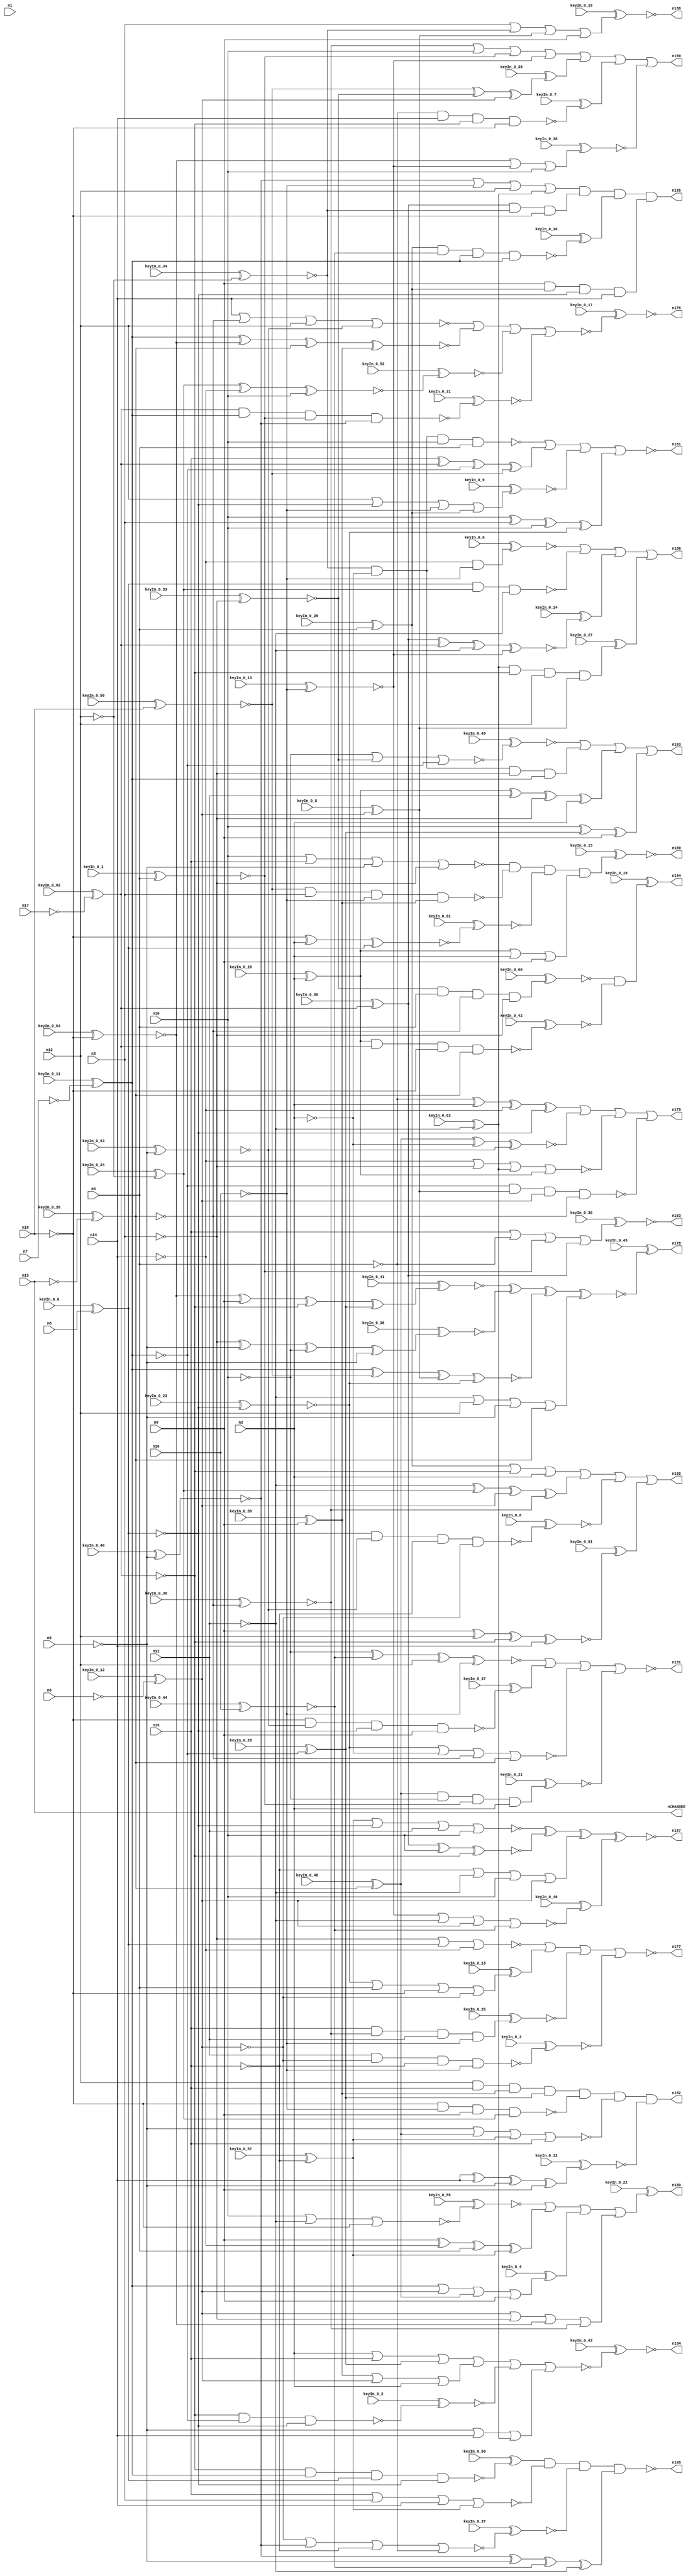


module Stat_177_411
(
  n1,
  n2,
  n3,
  n4,
  n5,
  n6,
  n7,
  n8,
  n9,
  n10,
  n11,
  n12,
  n13,
  n14,
  n15,
  n16,
  n17,
  n18,
  nCHANGED,
  n192,
  n187,
  n186,
  n177,
  n194,
  n189,
  n190,
  n195,
  n180,
  n184,
  n185,
  n179,
  n188,
  n178,
  n176,
  n193,
  n191,
  n181,
  n183,
  n182,
  keyIn_0_0,
  keyIn_0_1,
  keyIn_0_2,
  keyIn_0_3,
  keyIn_0_4,
  keyIn_0_5,
  keyIn_0_6,
  keyIn_0_7,
  keyIn_0_8,
  keyIn_0_9,
  keyIn_0_10,
  keyIn_0_11,
  keyIn_0_12,
  keyIn_0_13,
  keyIn_0_14,
  keyIn_0_15,
  keyIn_0_16,
  keyIn_0_17,
  keyIn_0_18,
  keyIn_0_19,
  keyIn_0_20,
  keyIn_0_21,
  keyIn_0_22,
  keyIn_0_23,
  keyIn_0_24,
  keyIn_0_25,
  keyIn_0_26,
  keyIn_0_27,
  keyIn_0_28,
  keyIn_0_29,
  keyIn_0_30,
  keyIn_0_31,
  keyIn_0_32,
  keyIn_0_33,
  keyIn_0_34,
  keyIn_0_35,
  keyIn_0_36,
  keyIn_0_37,
  keyIn_0_38,
  keyIn_0_39,
  keyIn_0_40,
  keyIn_0_41,
  keyIn_0_42,
  keyIn_0_43,
  keyIn_0_44,
  keyIn_0_45,
  keyIn_0_46,
  keyIn_0_47,
  keyIn_0_48,
  keyIn_0_49,
  keyIn_0_50,
  keyIn_0_51,
  keyIn_0_52,
  keyIn_0_53,
  keyIn_0_54,
  keyIn_0_55,
  keyIn_0_56,
  keyIn_0_57,
  keyIn_0_58,
  keyIn_0_59,
  keyIn_0_60,
  keyIn_0_61,
  keyIn_0_62,
  keyIn_0_63
);

  input n1;
  input n2;
  input n3;
  input n4;
  input n5;
  input n6;
  input n7;
  input n8;
  input n9;
  input n10;
  input n11;
  input n12;
  input n13;
  input n14;
  input n15;
  input n16;
  input n17;
  input n18;
  input keyIn_0_0;
  input keyIn_0_1;
  input keyIn_0_2;
  input keyIn_0_3;
  input keyIn_0_4;
  input keyIn_0_5;
  input keyIn_0_6;
  input keyIn_0_7;
  input keyIn_0_8;
  input keyIn_0_9;
  input keyIn_0_10;
  input keyIn_0_11;
  input keyIn_0_12;
  input keyIn_0_13;
  input keyIn_0_14;
  input keyIn_0_15;
  input keyIn_0_16;
  input keyIn_0_17;
  input keyIn_0_18;
  input keyIn_0_19;
  input keyIn_0_20;
  input keyIn_0_21;
  input keyIn_0_22;
  input keyIn_0_23;
  input keyIn_0_24;
  input keyIn_0_25;
  input keyIn_0_26;
  input keyIn_0_27;
  input keyIn_0_28;
  input keyIn_0_29;
  input keyIn_0_30;
  input keyIn_0_31;
  input keyIn_0_32;
  input keyIn_0_33;
  input keyIn_0_34;
  input keyIn_0_35;
  input keyIn_0_36;
  input keyIn_0_37;
  input keyIn_0_38;
  input keyIn_0_39;
  input keyIn_0_40;
  input keyIn_0_41;
  input keyIn_0_42;
  input keyIn_0_43;
  input keyIn_0_44;
  input keyIn_0_45;
  input keyIn_0_46;
  input keyIn_0_47;
  input keyIn_0_48;
  input keyIn_0_49;
  input keyIn_0_50;
  input keyIn_0_51;
  input keyIn_0_52;
  input keyIn_0_53;
  input keyIn_0_54;
  input keyIn_0_55;
  input keyIn_0_56;
  input keyIn_0_57;
  input keyIn_0_58;
  input keyIn_0_59;
  input keyIn_0_60;
  input keyIn_0_61;
  input keyIn_0_62;
  input keyIn_0_63;
  output nCHANGED;
  output n192;
  output n187;
  output n186;
  output n177;
  output n194;
  output n189;
  output n190;
  output n195;
  output n180;
  output n184;
  output n185;
  output n179;
  output n188;
  output n178;
  output n176;
  output n193;
  output n191;
  output n181;
  output n183;
  output n182;
  wire n19;
  wire n20;
  wire n21;
  wire n22;
  wire n23;
  wire n24;
  wire n25;
  wire n26;
  wire n27;
  wire n28;
  wire n29;
  wire n30;
  wire n31;
  wire n32;
  wire n33;
  wire n34;
  wire n35;
  wire n36;
  wire n37;
  wire n38;
  wire n39;
  wire n40;
  wire n41;
  wire n42;
  wire n43;
  wire n44;
  wire n45;
  wire n46;
  wire n47;
  wire n48;
  wire n49;
  wire n50;
  wire n51;
  wire n52;
  wire n53;
  wire n54;
  wire n55;
  wire n56;
  wire n57;
  wire n58;
  wire n59;
  wire n60;
  wire n61;
  wire n62;
  wire n63;
  wire n64;
  wire n65;
  wire n66;
  wire n67;
  wire n68;
  wire n69;
  wire n70;
  wire n71;
  wire n72;
  wire n73;
  wire n74;
  wire n75;
  wire n76;
  wire n77;
  wire n78;
  wire n79;
  wire n80;
  wire n81;
  wire n82;
  wire n83;
  wire n84;
  wire n85;
  wire n86;
  wire n87;
  wire n88;
  wire n89;
  wire n90;
  wire n91;
  wire n92;
  wire n93;
  wire n94;
  wire n95;
  wire n96;
  wire n97;
  wire n98;
  wire n99;
  wire n100;
  wire n101;
  wire n102;
  wire n103;
  wire n104;
  wire n105;
  wire n106;
  wire n107;
  wire n108;
  wire n109;
  wire n110;
  wire n111;
  wire n112;
  wire n113;
  wire n114;
  wire n115;
  wire n116;
  wire n117;
  wire n118;
  wire n119;
  wire n120;
  wire n121;
  wire n122;
  wire n123;
  wire n124;
  wire n125;
  wire n126;
  wire n127;
  wire n128;
  wire n129;
  wire n130;
  wire n131;
  wire n132;
  wire n133;
  wire n134;
  wire n135;
  wire n136;
  wire n137;
  wire n138;
  wire n139;
  wire n140;
  wire n141;
  wire n142;
  wire n143;
  wire n144;
  wire n145;
  wire n146;
  wire n147;
  wire n148;
  wire n149;
  wire n150;
  wire n151;
  wire n152;
  wire n153;
  wire n154;
  wire n155;
  wire n156;
  wire n157;
  wire n158;
  wire n159;
  wire n160;
  wire n161;
  wire n162;
  wire n163;
  wire n164;
  wire n165;
  wire n166;
  wire n167;
  wire n168;
  wire n169;
  wire n170;
  wire n171;
  wire n172;
  wire n173;
  wire n174;
  wire n175;
  wire KeyWire_0_0;
  wire KeyWire_0_1;
  wire KeyNOTWire_0_1;
  wire KeyWire_0_2;
  wire KeyWire_0_3;
  wire KeyWire_0_4;
  wire KeyWire_0_5;
  wire KeyWire_0_6;
  wire KeyWire_0_7;
  wire KeyWire_0_8;
  wire KeyWire_0_9;
  wire KeyNOTWire_0_9;
  wire KeyWire_0_10;
  wire KeyNOTWire_0_10;
  wire KeyWire_0_11;
  wire KeyNOTWire_0_11;
  wire KeyWire_0_12;
  wire KeyWire_0_13;
  wire KeyNOTWire_0_13;
  wire KeyWire_0_14;
  wire KeyNOTWire_0_14;
  wire KeyWire_0_15;
  wire KeyWire_0_16;
  wire KeyNOTWire_0_16;
  wire KeyWire_0_17;
  wire KeyNOTWire_0_17;
  wire KeyWire_0_18;
  wire KeyNOTWire_0_18;
  wire KeyWire_0_19;
  wire KeyWire_0_20;
  wire KeyWire_0_21;
  wire KeyNOTWire_0_21;
  wire KeyWire_0_22;
  wire KeyWire_0_23;
  wire KeyNOTWire_0_23;
  wire KeyWire_0_24;
  wire KeyNOTWire_0_24;
  wire KeyWire_0_25;
  wire KeyNOTWire_0_25;
  wire KeyWire_0_26;
  wire KeyWire_0_27;
  wire KeyNOTWire_0_27;
  wire KeyWire_0_28;
  wire KeyWire_0_29;
  wire KeyWire_0_30;
  wire KeyNOTWire_0_30;
  wire KeyWire_0_31;
  wire KeyNOTWire_0_31;
  wire KeyWire_0_32;
  wire KeyWire_0_33;
  wire KeyNOTWire_0_33;
  wire KeyWire_0_34;
  wire KeyWire_0_35;
  wire KeyNOTWire_0_35;
  wire KeyWire_0_36;
  wire KeyNOTWire_0_36;
  wire KeyWire_0_37;
  wire KeyWire_0_38;
  wire KeyNOTWire_0_38;
  wire KeyWire_0_39;
  wire KeyNOTWire_0_39;
  wire KeyWire_0_40;
  wire KeyWire_0_41;
  wire KeyNOTWire_0_41;
  wire KeyWire_0_42;
  wire KeyWire_0_43;
  wire KeyNOTWire_0_43;
  wire KeyWire_0_44;
  wire KeyWire_0_45;
  wire KeyWire_0_46;
  wire KeyNOTWire_0_46;
  wire KeyWire_0_47;
  wire KeyNOTWire_0_47;
  wire KeyWire_0_48;
  wire KeyNOTWire_0_48;
  wire KeyWire_0_49;
  wire KeyWire_0_50;
  wire KeyNOTWire_0_50;
  wire KeyWire_0_51;
  wire KeyNOTWire_0_51;
  wire KeyWire_0_52;
  wire KeyNOTWire_0_52;
  wire KeyWire_0_53;
  wire KeyNOTWire_0_53;
  wire KeyWire_0_54;
  wire KeyWire_0_55;
  wire KeyNOTWire_0_55;
  wire KeyWire_0_56;
  wire KeyWire_0_57;
  wire KeyWire_0_58;
  wire KeyNOTWire_0_58;
  wire KeyWire_0_59;
  wire KeyNOTWire_0_59;
  wire KeyWire_0_60;
  wire KeyNOTWire_0_60;
  wire KeyWire_0_61;
  wire KeyWire_0_62;
  wire KeyNOTWire_0_62;
  wire KeyWire_0_63;
  wire KeyNOTWire_0_63;

  not
  g0
  (
    n35,
    n12
  );


  buf
  g1
  (
    n29,
    n9
  );


  not
  g2
  (
    KeyWire_0_11,
    n7
  );


  not
  g3
  (
    KeyWire_0_12,
    n6
  );


  not
  g4
  (
    n33,
    n5
  );


  not
  g5
  (
    KeyWire_0_62,
    n17
  );


  not
  g6
  (
    n26,
    n16
  );


  buf
  g7
  (
    n28,
    n2
  );


  buf
  g8
  (
    KeyWire_0_6,
    n8
  );


  not
  g9
  (
    n22,
    n3
  );


  buf
  g10
  (
    n23,
    n18
  );


  buf
  g11
  (
    n19,
    n14
  );


  not
  g12
  (
    KeyWire_0_26,
    n13
  );


  buf
  g13
  (
    n21,
    n15
  );


  buf
  g14
  (
    n31,
    n4
  );


  buf
  g15
  (
    n24,
    n10
  );


  buf
  g16
  (
    n20,
    n11
  );


  buf
  g17
  (
    n90,
    n20
  );


  buf
  g18
  (
    KeyWire_0_28,
    n34
  );


  buf
  g19
  (
    n46,
    n25
  );


  buf
  g20
  (
    n99,
    n19
  );


  not
  g21
  (
    n77,
    n35
  );


  buf
  g22
  (
    n68,
    n27
  );


  not
  g23
  (
    n64,
    n23
  );


  not
  g24
  (
    n40,
    n31
  );


  not
  g25
  (
    n66,
    n34
  );


  buf
  g26
  (
    n70,
    n28
  );


  buf
  g27
  (
    n63,
    n26
  );


  buf
  g28
  (
    n50,
    n24
  );


  not
  g29
  (
    KeyWire_0_5,
    n25
  );


  not
  g30
  (
    n86,
    n25
  );


  buf
  g31
  (
    n41,
    n24
  );


  not
  g32
  (
    n53,
    n32
  );


  not
  g33
  (
    n73,
    n35
  );


  not
  g34
  (
    n55,
    n19
  );


  buf
  g35
  (
    n57,
    n21
  );


  buf
  g36
  (
    KeyWire_0_59,
    n29
  );


  buf
  g37
  (
    n79,
    n30
  );


  buf
  g38
  (
    n44,
    n33
  );


  not
  g39
  (
    KeyWire_0_63,
    n20
  );


  buf
  g40
  (
    KeyWire_0_53,
    n33
  );


  not
  g41
  (
    n65,
    n21
  );


  buf
  g42
  (
    KeyWire_0_33,
    n22
  );


  not
  g43
  (
    KeyWire_0_44,
    n26
  );


  buf
  g44
  (
    n47,
    n26
  );


  buf
  g45
  (
    KeyWire_0_40,
    n33
  );


  not
  g46
  (
    n89,
    n25
  );


  buf
  g47
  (
    n56,
    n34
  );


  not
  g48
  (
    n51,
    n19
  );


  not
  g49
  (
    n93,
    n30
  );


  buf
  g50
  (
    KeyWire_0_50,
    n27
  );


  not
  g51
  (
    n95,
    n24
  );


  buf
  g52
  (
    KeyWire_0_48,
    n32
  );


  buf
  g53
  (
    KeyWire_0_23,
    n30
  );


  buf
  g54
  (
    n58,
    n22
  );


  not
  g55
  (
    KeyWire_0_54,
    n23
  );


  buf
  g56
  (
    n74,
    n32
  );


  buf
  g57
  (
    KeyWire_0_24,
    n35
  );


  not
  g58
  (
    n76,
    n27
  );


  not
  g59
  (
    n83,
    n20
  );


  not
  g60
  (
    n67,
    n23
  );


  buf
  g61
  (
    KeyWire_0_56,
    n23
  );


  buf
  g62
  (
    n36,
    n22
  );


  buf
  g63
  (
    n75,
    n29
  );


  buf
  g64
  (
    KeyWire_0_20,
    n28
  );


  not
  g65
  (
    n54,
    n34
  );


  not
  g66
  (
    KeyWire_0_57,
    n21
  );


  buf
  g67
  (
    n85,
    n30
  );


  buf
  g68
  (
    n84,
    n31
  );


  buf
  g69
  (
    KeyWire_0_29,
    n31
  );


  not
  g70
  (
    n102,
    n20
  );


  buf
  g71
  (
    n43,
    n29
  );


  buf
  g72
  (
    KeyWire_0_34,
    n35
  );


  buf
  g73
  (
    n52,
    n24
  );


  buf
  g74
  (
    n39,
    n29
  );


  not
  g75
  (
    n45,
    n28
  );


  not
  g76
  (
    n94,
    n27
  );


  buf
  g77
  (
    KeyWire_0_1,
    n31
  );


  buf
  g78
  (
    n82,
    n28
  );


  buf
  g79
  (
    n71,
    n33
  );


  buf
  g80
  (
    n38,
    n19
  );


  buf
  g81
  (
    n48,
    n21
  );


  buf
  g82
  (
    KeyWire_0_13,
    n26
  );


  not
  g83
  (
    KeyWire_0_30,
    n32
  );


  not
  g84
  (
    n72,
    n22
  );


  nor
  g85
  (
    KeyWire_0_55,
    n52,
    n102,
    n64
  );


  nand
  g86
  (
    KeyWire_0_2,
    n94,
    n56,
    n79
  );


  xor
  g87
  (
    n116,
    n41,
    n96,
    n43
  );


  or
  g88
  (
    n112,
    n82,
    n57,
    n96
  );


  xnor
  g89
  (
    KeyWire_0_61,
    n64,
    n82,
    n93
  );


  or
  g90
  (
    n120,
    n62,
    n94,
    n70
  );


  or
  g91
  (
    n149,
    n44,
    n38,
    n60
  );


  nor
  g92
  (
    n171,
    n58,
    n93,
    n51
  );


  nor
  g93
  (
    KeyWire_0_49,
    n95,
    n103,
    n56
  );


  or
  g94
  (
    n165,
    n78,
    n86,
    n70
  );


  or
  g95
  (
    KeyWire_0_38,
    n101,
    n37,
    n52
  );


  and
  g96
  (
    n172,
    n91,
    n92,
    n67
  );


  xnor
  g97
  (
    n169,
    n100,
    n45,
    n59
  );


  nand
  g98
  (
    n131,
    n93,
    n80,
    n102
  );


  xnor
  g99
  (
    n134,
    n91,
    n50,
    n76
  );


  xnor
  g100
  (
    KeyWire_0_52,
    n80,
    n55,
    n52
  );


  nand
  g101
  (
    KeyWire_0_10,
    n62,
    n97,
    n54,
    n66
  );


  xor
  g102
  (
    n156,
    n61,
    n90,
    n36,
    n82
  );


  and
  g103
  (
    n152,
    n92,
    n45,
    n36,
    n54
  );


  or
  g104
  (
    n163,
    n102,
    n73,
    n44,
    n74
  );


  xnor
  g105
  (
    KeyWire_0_51,
    n43,
    n77,
    n76,
    n99
  );


  and
  g106
  (
    KeyWire_0_21,
    n100,
    n95,
    n69,
    n70
  );


  xnor
  g107
  (
    n144,
    n54,
    n42,
    n81,
    n98
  );


  xor
  g108
  (
    n130,
    n40,
    n82,
    n51,
    n85
  );


  and
  g109
  (
    n140,
    n77,
    n48,
    n78,
    n96
  );


  nand
  g110
  (
    n141,
    n42,
    n72,
    n47,
    n78
  );


  or
  g111
  (
    KeyWire_0_4,
    n66,
    n89,
    n100,
    n39
  );


  nor
  g112
  (
    n164,
    n48,
    n72,
    n38,
    n49
  );


  and
  g113
  (
    KeyWire_0_60,
    n103,
    n84,
    n53,
    n58
  );


  or
  g114
  (
    KeyWire_0_16,
    n72,
    n92,
    n81,
    n43
  );


  xor
  g115
  (
    n142,
    n48,
    n68,
    n56,
    n42
  );


  xor
  g116
  (
    n132,
    n50,
    n72,
    n41,
    n98
  );


  nand
  g117
  (
    KeyWire_0_31,
    n68,
    n54,
    n69,
    n88
  );


  and
  g118
  (
    KeyWire_0_0,
    n51,
    n55,
    n63
  );


  nand
  g119
  (
    KeyWire_0_42,
    n61,
    n68,
    n64,
    n74
  );


  nor
  g120
  (
    KeyWire_0_46,
    n37,
    n83,
    n89,
    n97
  );


  xor
  g121
  (
    KeyWire_0_36,
    n36,
    n71,
    n95,
    n44
  );


  xor
  g122
  (
    KeyWire_0_41,
    n101,
    n39,
    n94,
    n96
  );


  or
  g123
  (
    n109,
    n87,
    n50,
    n69,
    n37
  );


  nand
  g124
  (
    KeyWire_0_58,
    n76,
    n66,
    n93,
    n85
  );


  nand
  g125
  (
    KeyWire_0_7,
    n40,
    n99,
    n76,
    n67
  );


  nand
  g126
  (
    KeyWire_0_3,
    n90,
    n46,
    n65,
    n47
  );


  or
  g127
  (
    n117,
    n65,
    n83,
    n50,
    n89
  );


  xor
  g128
  (
    n123,
    n88,
    n71,
    n97,
    n83
  );


  and
  g129
  (
    n143,
    n75,
    n62,
    n85,
    n38
  );


  nand
  g130
  (
    KeyWire_0_8,
    n85,
    n59,
    n65,
    n46
  );


  or
  g131
  (
    KeyWire_0_35,
    n57,
    n40,
    n69,
    n91
  );


  nor
  g132
  (
    n154,
    n99,
    n53,
    n73,
    n59
  );


  xnor
  g133
  (
    n125,
    n95,
    n97,
    n77,
    n63
  );


  xor
  g134
  (
    n167,
    n83,
    n80,
    n86,
    n87
  );


  nor
  g135
  (
    n127,
    n55,
    n58,
    n60,
    n61
  );


  nor
  g136
  (
    n173,
    n41,
    n57,
    n71,
    n36
  );


  xnor
  g137
  (
    n146,
    n66,
    n101,
    n74,
    n78
  );


  xor
  g138
  (
    n157,
    n39,
    n51,
    n84,
    n49
  );


  nor
  g139
  (
    KeyWire_0_37,
    n46,
    n88,
    n65,
    n40
  );


  or
  g140
  (
    n124,
    n86,
    n58,
    n101,
    n87
  );


  and
  g141
  (
    KeyWire_0_27,
    n60,
    n94,
    n73,
    n81
  );


  and
  g142
  (
    KeyWire_0_25,
    n48,
    n87,
    n90,
    n47
  );


  xnor
  g143
  (
    KeyWire_0_14,
    n91,
    n68,
    n102,
    n37
  );


  nor
  g144
  (
    n155,
    n49,
    n79,
    n90,
    n52
  );


  or
  g145
  (
    n106,
    n88,
    n63,
    n73,
    n60
  );


  nor
  g146
  (
    n175,
    n98,
    n45,
    n53,
    n74
  );


  or
  g147
  (
    n145,
    n61,
    n70,
    n75
  );


  nand
  g148
  (
    KeyWire_0_47,
    n64,
    n59,
    n79,
    n43
  );


  nand
  g149
  (
    n105,
    n45,
    n92,
    n41,
    n84
  );


  nor
  g150
  (
    n150,
    n71,
    n100,
    n49,
    n57
  );


  or
  g151
  (
    KeyWire_0_18,
    n98,
    n84,
    n67,
    n46
  );


  nand
  g152
  (
    n114,
    n56,
    n81,
    n89,
    n53
  );


  xor
  g153
  (
    KeyWire_0_39,
    n42,
    n103,
    n86
  );


  xor
  g154
  (
    KeyWire_0_32,
    n38,
    n99,
    n44,
    n75
  );


  or
  g155
  (
    KeyWire_0_9,
    n77,
    n79,
    n63,
    n62
  );


  nand
  g156
  (
    n121,
    n67,
    n47,
    n39,
    n80
  );


  not
  g157
  (
    n183,
    n119
  );


  not
  g158
  (
    n188,
    n122
  );


  and
  g159
  (
    KeyWire_0_19,
    n162,
    n126
  );


  nand
  g160
  (
    n195,
    n104,
    n164,
    n151,
    n123
  );


  and
  g161
  (
    KeyWire_0_15,
    n173,
    n141,
    n161,
    n145
  );


  or
  g162
  (
    n186,
    n148,
    n131,
    n128,
    n139
  );


  nor
  g163
  (
    KeyWire_0_43,
    n112,
    n165,
    n153,
    n149
  );


  nor
  g164
  (
    n177,
    n171,
    n174,
    n113,
    n160
  );


  xnor
  g165
  (
    n187,
    n155,
    n134,
    n117,
    n137
  );


  nor
  g166
  (
    n181,
    n105,
    n142,
    n138,
    n132
  );


  nor
  g167
  (
    KeyWire_0_17,
    n154,
    n146,
    n166,
    n135
  );


  or
  g168
  (
    n193,
    n129,
    n152,
    n156,
    n116
  );


  or
  g169
  (
    n179,
    n130,
    n169,
    n127,
    n114
  );


  xnor
  g170
  (
    KeyWire_0_45,
    n168,
    n118,
    n144,
    n163
  );


  or
  g171
  (
    n190,
    n109,
    n111,
    n110,
    n108
  );


  or
  g172
  (
    KeyWire_0_22,
    n115,
    n157,
    n133,
    n124
  );


  and
  g173
  (
    n182,
    n140,
    n121,
    n150,
    n159
  );


  or
  g174
  (
    n192,
    n120,
    n167,
    n147,
    n136
  );


  nor
  g175
  (
    n191,
    n125,
    n107,
    n175,
    n170
  );


  and
  g176
  (
    n185,
    n106,
    n172,
    n158,
    n143
  );


  buf
  g177
  (
    nCHANGED,
    n13
  );


  xnor
  KeyGate_0_0
  (
    n148,
    keyIn_0_0,
    KeyWire_0_0
  );


  xor
  KeyGate_0_1
  (
    KeyNOTWire_0_1,
    keyIn_0_1,
    KeyWire_0_1
  );


  not
  KeyNOTGate_0_1
  (
    n69,
    KeyNOTWire_0_1
  );


  xnor
  KeyGate_0_2
  (
    n153,
    keyIn_0_2,
    KeyWire_0_2
  );


  xnor
  KeyGate_0_3
  (
    n160,
    keyIn_0_3,
    KeyWire_0_3
  );


  xor
  KeyGate_0_4
  (
    n133,
    keyIn_0_4,
    KeyWire_0_4
  );


  xor
  KeyGate_0_5
  (
    n81,
    keyIn_0_5,
    KeyWire_0_5
  );


  xnor
  KeyGate_0_6
  (
    n30,
    keyIn_0_6,
    KeyWire_0_6
  );


  xor
  KeyGate_0_7
  (
    n110,
    keyIn_0_7,
    KeyWire_0_7
  );


  xnor
  KeyGate_0_8
  (
    n147,
    keyIn_0_8,
    KeyWire_0_8
  );


  xor
  KeyGate_0_9
  (
    KeyNOTWire_0_9,
    keyIn_0_9,
    KeyWire_0_9
  );


  not
  KeyNOTGate_0_9
  (
    n138,
    KeyNOTWire_0_9
  );


  xnor
  KeyGate_0_10
  (
    KeyNOTWire_0_10,
    keyIn_0_10,
    KeyWire_0_10
  );


  not
  KeyNOTGate_0_10
  (
    n158,
    KeyNOTWire_0_10
  );


  xor
  KeyGate_0_11
  (
    KeyNOTWire_0_11,
    keyIn_0_11,
    KeyWire_0_11
  );


  not
  KeyNOTGate_0_11
  (
    n34,
    KeyNOTWire_0_11
  );


  xnor
  KeyGate_0_12
  (
    n25,
    keyIn_0_12,
    KeyWire_0_12
  );


  xor
  KeyGate_0_13
  (
    KeyNOTWire_0_13,
    keyIn_0_13,
    KeyWire_0_13
  );


  not
  KeyNOTGate_0_13
  (
    n37,
    KeyNOTWire_0_13
  );


  xnor
  KeyGate_0_14
  (
    KeyNOTWire_0_14,
    keyIn_0_14,
    KeyWire_0_14
  );


  not
  KeyNOTGate_0_14
  (
    n128,
    KeyNOTWire_0_14
  );


  xnor
  KeyGate_0_15
  (
    n189,
    keyIn_0_15,
    KeyWire_0_15
  );


  xnor
  KeyGate_0_16
  (
    KeyNOTWire_0_16,
    keyIn_0_16,
    KeyWire_0_16
  );


  not
  KeyNOTGate_0_16
  (
    n122,
    KeyNOTWire_0_16
  );


  xor
  KeyGate_0_17
  (
    KeyNOTWire_0_17,
    keyIn_0_17,
    KeyWire_0_17
  );


  not
  KeyNOTGate_0_17
  (
    n176,
    KeyNOTWire_0_17
  );


  xnor
  KeyGate_0_18
  (
    KeyNOTWire_0_18,
    keyIn_0_18,
    KeyWire_0_18
  );


  not
  KeyNOTGate_0_18
  (
    n174,
    KeyNOTWire_0_18
  );


  xor
  KeyGate_0_19
  (
    n194,
    keyIn_0_19,
    KeyWire_0_19
  );


  xor
  KeyGate_0_20
  (
    n61,
    keyIn_0_20,
    KeyWire_0_20
  );


  xor
  KeyGate_0_21
  (
    KeyNOTWire_0_21,
    keyIn_0_21,
    KeyWire_0_21
  );


  not
  KeyNOTGate_0_21
  (
    n170,
    KeyNOTWire_0_21
  );


  xor
  KeyGate_0_22
  (
    n180,
    keyIn_0_22,
    KeyWire_0_22
  );


  xor
  KeyGate_0_23
  (
    KeyNOTWire_0_23,
    keyIn_0_23,
    KeyWire_0_23
  );


  not
  KeyNOTGate_0_23
  (
    n98,
    KeyNOTWire_0_23
  );


  xnor
  KeyGate_0_24
  (
    KeyNOTWire_0_24,
    keyIn_0_24,
    KeyWire_0_24
  );


  not
  KeyNOTGate_0_24
  (
    n80,
    KeyNOTWire_0_24
  );


  xor
  KeyGate_0_25
  (
    KeyNOTWire_0_25,
    keyIn_0_25,
    KeyWire_0_25
  );


  not
  KeyNOTGate_0_25
  (
    n113,
    KeyNOTWire_0_25
  );


  xor
  KeyGate_0_26
  (
    n32,
    keyIn_0_26,
    KeyWire_0_26
  );


  xnor
  KeyGate_0_27
  (
    KeyNOTWire_0_27,
    keyIn_0_27,
    KeyWire_0_27
  );


  not
  KeyNOTGate_0_27
  (
    n139,
    KeyNOTWire_0_27
  );


  xor
  KeyGate_0_28
  (
    n96,
    keyIn_0_28,
    KeyWire_0_28
  );


  xor
  KeyGate_0_29
  (
    n62,
    keyIn_0_29,
    KeyWire_0_29
  );


  xor
  KeyGate_0_30
  (
    KeyNOTWire_0_30,
    keyIn_0_30,
    KeyWire_0_30
  );


  not
  KeyNOTGate_0_30
  (
    n87,
    KeyNOTWire_0_30
  );


  xor
  KeyGate_0_31
  (
    KeyNOTWire_0_31,
    keyIn_0_31,
    KeyWire_0_31
  );


  not
  KeyNOTGate_0_31
  (
    n135,
    KeyNOTWire_0_31
  );


  xnor
  KeyGate_0_32
  (
    n159,
    keyIn_0_32,
    KeyWire_0_32
  );


  xor
  KeyGate_0_33
  (
    KeyNOTWire_0_33,
    keyIn_0_33,
    KeyWire_0_33
  );


  not
  KeyNOTGate_0_33
  (
    n103,
    KeyNOTWire_0_33
  );


  xnor
  KeyGate_0_34
  (
    n92,
    keyIn_0_34,
    KeyWire_0_34
  );


  xnor
  KeyGate_0_35
  (
    KeyNOTWire_0_35,
    keyIn_0_35,
    KeyWire_0_35
  );


  not
  KeyNOTGate_0_35
  (
    n119,
    KeyNOTWire_0_35
  );


  xor
  KeyGate_0_36
  (
    KeyNOTWire_0_36,
    keyIn_0_36,
    KeyWire_0_36
  );


  not
  KeyNOTGate_0_36
  (
    n118,
    KeyNOTWire_0_36
  );


  xnor
  KeyGate_0_37
  (
    n151,
    keyIn_0_37,
    KeyWire_0_37
  );


  xor
  KeyGate_0_38
  (
    KeyNOTWire_0_38,
    keyIn_0_38,
    KeyWire_0_38
  );


  not
  KeyNOTGate_0_38
  (
    n108,
    KeyNOTWire_0_38
  );


  xnor
  KeyGate_0_39
  (
    KeyNOTWire_0_39,
    keyIn_0_39,
    KeyWire_0_39
  );


  not
  KeyNOTGate_0_39
  (
    n111,
    KeyNOTWire_0_39
  );


  xnor
  KeyGate_0_40
  (
    n88,
    keyIn_0_40,
    KeyWire_0_40
  );


  xor
  KeyGate_0_41
  (
    KeyNOTWire_0_41,
    keyIn_0_41,
    KeyWire_0_41
  );


  not
  KeyNOTGate_0_41
  (
    n168,
    KeyNOTWire_0_41
  );


  xnor
  KeyGate_0_42
  (
    n126,
    keyIn_0_42,
    KeyWire_0_42
  );


  xor
  KeyGate_0_43
  (
    KeyNOTWire_0_43,
    keyIn_0_43,
    KeyWire_0_43
  );


  not
  KeyNOTGate_0_43
  (
    n184,
    KeyNOTWire_0_43
  );


  xnor
  KeyGate_0_44
  (
    n97,
    keyIn_0_44,
    KeyWire_0_44
  );


  xor
  KeyGate_0_45
  (
    n178,
    keyIn_0_45,
    KeyWire_0_45
  );


  xnor
  KeyGate_0_46
  (
    KeyNOTWire_0_46,
    keyIn_0_46,
    KeyWire_0_46
  );


  not
  KeyNOTGate_0_46
  (
    n137,
    KeyNOTWire_0_46
  );


  xnor
  KeyGate_0_47
  (
    KeyNOTWire_0_47,
    keyIn_0_47,
    KeyWire_0_47
  );


  not
  KeyNOTGate_0_47
  (
    n107,
    KeyNOTWire_0_47
  );


  xnor
  KeyGate_0_48
  (
    KeyNOTWire_0_48,
    keyIn_0_48,
    KeyWire_0_48
  );


  not
  KeyNOTGate_0_48
  (
    n100,
    KeyNOTWire_0_48
  );


  xnor
  KeyGate_0_49
  (
    n129,
    keyIn_0_49,
    KeyWire_0_49
  );


  xnor
  KeyGate_0_50
  (
    KeyNOTWire_0_50,
    keyIn_0_50,
    KeyWire_0_50
  );


  not
  KeyNOTGate_0_50
  (
    n91,
    KeyNOTWire_0_50
  );


  xnor
  KeyGate_0_51
  (
    KeyNOTWire_0_51,
    keyIn_0_51,
    KeyWire_0_51
  );


  not
  KeyNOTGate_0_51
  (
    n136,
    KeyNOTWire_0_51
  );


  xor
  KeyGate_0_52
  (
    KeyNOTWire_0_52,
    keyIn_0_52,
    KeyWire_0_52
  );


  not
  KeyNOTGate_0_52
  (
    n166,
    KeyNOTWire_0_52
  );


  xor
  KeyGate_0_53
  (
    KeyNOTWire_0_53,
    keyIn_0_53,
    KeyWire_0_53
  );


  not
  KeyNOTGate_0_53
  (
    n59,
    KeyNOTWire_0_53
  );


  xnor
  KeyGate_0_54
  (
    n101,
    keyIn_0_54,
    KeyWire_0_54
  );


  xor
  KeyGate_0_55
  (
    KeyNOTWire_0_55,
    keyIn_0_55,
    KeyWire_0_55
  );


  not
  KeyNOTGate_0_55
  (
    n115,
    KeyNOTWire_0_55
  );


  xnor
  KeyGate_0_56
  (
    n42,
    keyIn_0_56,
    KeyWire_0_56
  );


  xor
  KeyGate_0_57
  (
    n49,
    keyIn_0_57,
    KeyWire_0_57
  );


  xnor
  KeyGate_0_58
  (
    KeyNOTWire_0_58,
    keyIn_0_58,
    KeyWire_0_58
  );


  not
  KeyNOTGate_0_58
  (
    n104,
    KeyNOTWire_0_58
  );


  xnor
  KeyGate_0_59
  (
    KeyNOTWire_0_59,
    keyIn_0_59,
    KeyWire_0_59
  );


  not
  KeyNOTGate_0_59
  (
    n78,
    KeyNOTWire_0_59
  );


  xor
  KeyGate_0_60
  (
    KeyNOTWire_0_60,
    keyIn_0_60,
    KeyWire_0_60
  );


  not
  KeyNOTGate_0_60
  (
    n162,
    KeyNOTWire_0_60
  );


  xnor
  KeyGate_0_61
  (
    n161,
    keyIn_0_61,
    KeyWire_0_61
  );


  xnor
  KeyGate_0_62
  (
    KeyNOTWire_0_62,
    keyIn_0_62,
    KeyWire_0_62
  );


  not
  KeyNOTGate_0_62
  (
    n27,
    KeyNOTWire_0_62
  );


  xnor
  KeyGate_0_63
  (
    KeyNOTWire_0_63,
    keyIn_0_63,
    KeyWire_0_63
  );


  not
  KeyNOTGate_0_63
  (
    n60,
    KeyNOTWire_0_63
  );


endmodule